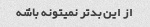
از این بدتر نمیتونه باشه